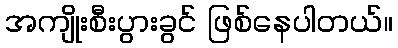
အကျိုးစီးပွားခွင် ဖြစ်နေပါတယ်။